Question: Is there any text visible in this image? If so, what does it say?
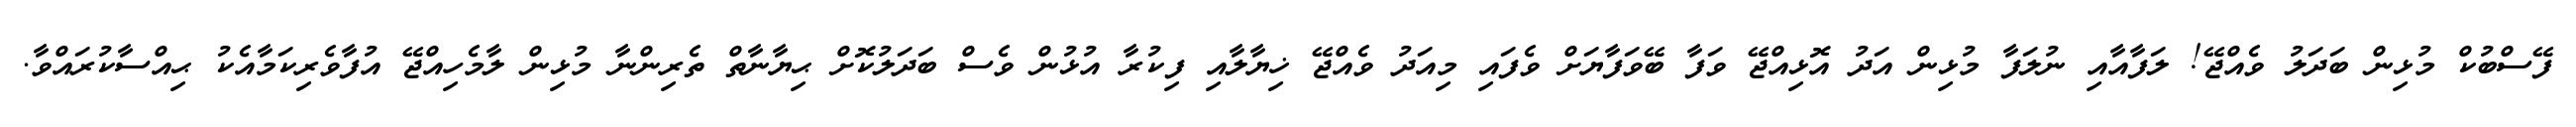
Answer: ފޭސްބުކް މުޅިން ބަދަލު ވެއްޖޭ! ލަފާއާއި ނުލަފާ މުޅިން އަދު އޮޅިއްޖޭ ވަފާ ބޭވަފާޔަށް ވެފައި މިއަދު ވެއްޖޭ ޚިޔާލާއި ފިކުރާ އުޅުން ވެސް ބަދަލުކޮށް ޙިޔާނާތް ތެރިންނާ މުޅިން ލާމެހިއްޖޭ އުފާވެރިކަމާއެކު ޙިއްސާކުރައްވާ.